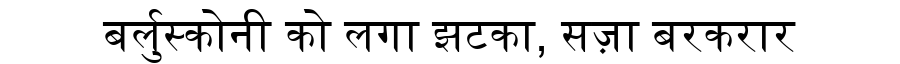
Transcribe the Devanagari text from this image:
बर्लुस्कोनी को लगा झटका, सज़ा बरकरार